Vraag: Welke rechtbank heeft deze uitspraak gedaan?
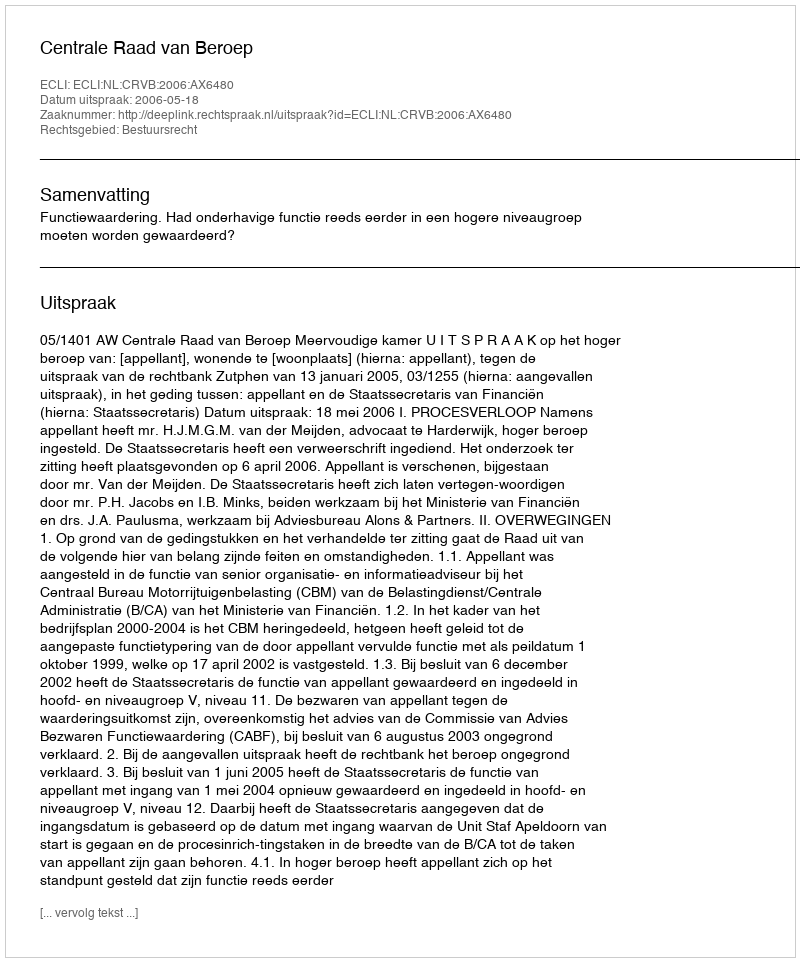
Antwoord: Centrale Raad van Beroep